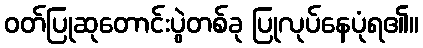
ဝတ်ပြုဆုတောင်းပွဲတစ်ခု ပြုလုပ်နေပုံရ၏။